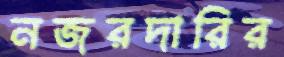
নজরদারির